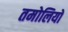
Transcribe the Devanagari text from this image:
तमोलियों